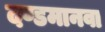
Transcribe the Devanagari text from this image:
दण्डमानवा